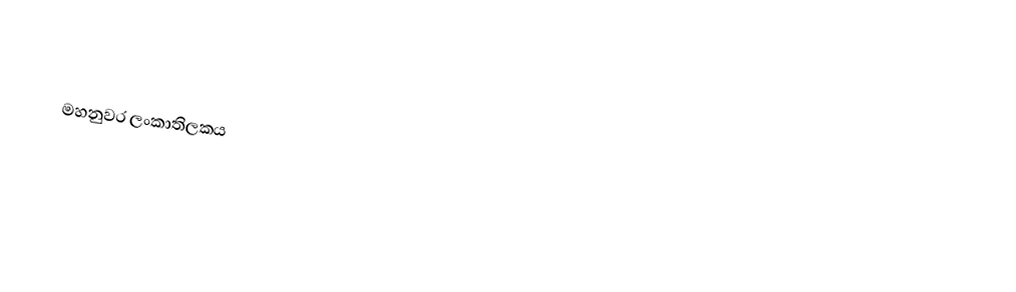

මහනුවර ලංකාතිලකය